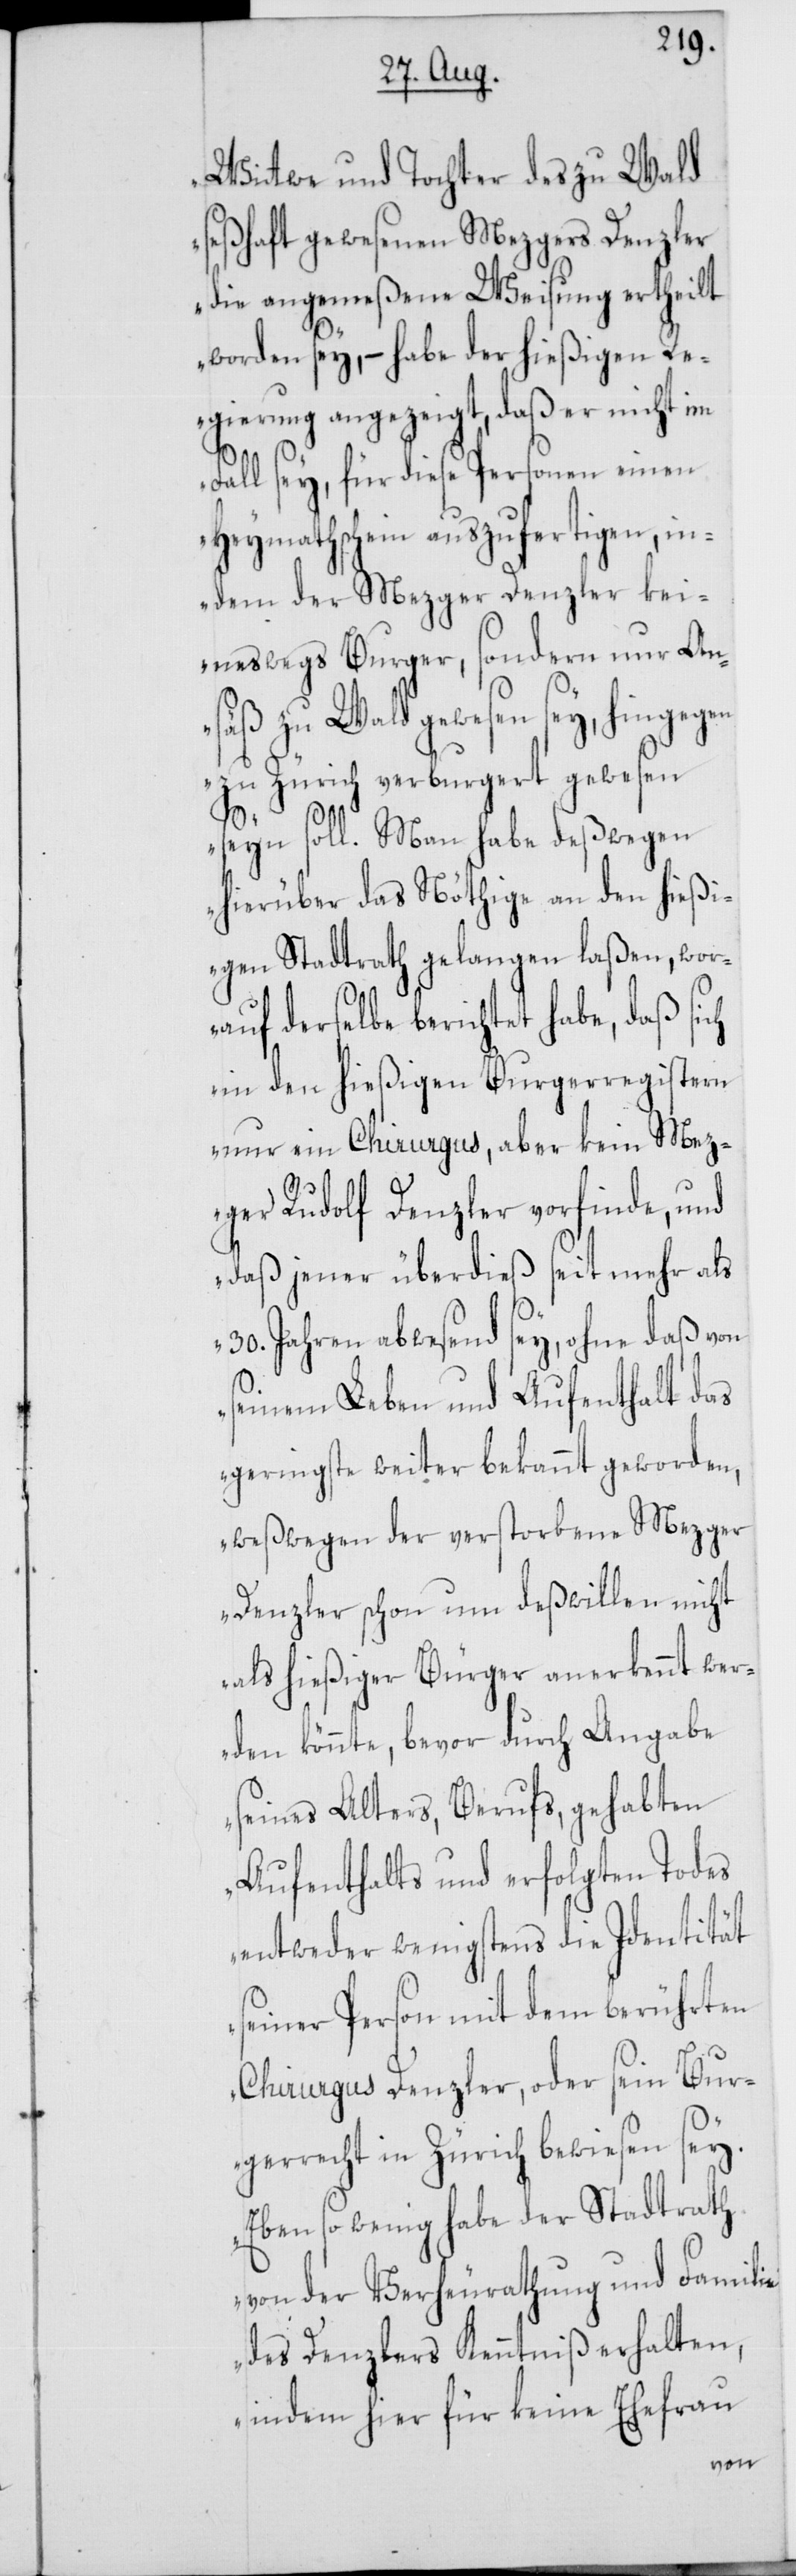
Wittwe und Tochter des zu Wald
seßhaft gewesenen Mezgers Denzler
die angemeßene Weisung ertheilt
worden sey, – habe der hießigen Re¬
gierung angezeigt, daß er nicht im
Fall sey, für diese Personen einen
Heymathschein auszufertigen, in¬
dem der Mezger Denzler kei¬
neswegs Burger, sondern nur An¬
säß zu Wald gewesen sey, hingegen
zu Zürich verburgert gewesen
seyn soll. Man habe deßwegen
hierüber das Nöthige an den hießi¬
gen Stadtrath gelangen laßen, wor¬
auf derselbe berichtet habe, daß sich
in den hießigen Burgerregistern
nur ein Chirurgus, aber kein Mez¬
ger Rudolf Denzler vorfinde, und
daß jener überdieß seit mehr als
30. Jahren abwesend sey, ohne daß von
seinem Leben und Aufenthalt das
geringste weiter bekannt geworden,
weswegen der verstorbene Mezger
Denzler schon um deßwillen nicht
als hießiger Bürger anerkennt wer¬
den könnte, bevor durch Angabe
seines Alters, Berufs, gehabten
Aufenthalts und erfolgten Todes
entweder wenigstens die Identität
seiner Person mit dem berührten
Chirurgus Denzler, oder sein Burge¬
Eben so wenig habe der Stadtrath
von der Verheurathung und Familie
des Denzlers Kenntniß erhalten,
indem hier für keine Ehefrau
rrecht